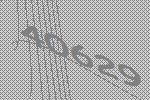
40629